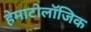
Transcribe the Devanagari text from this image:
हेमाटोलॉजिक